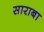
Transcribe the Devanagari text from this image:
साराबा